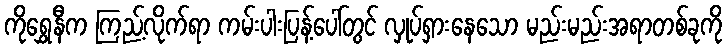
ကိုရွှေနီက ကြည့်လိုက်ရာ ကမ်းပါးပြန့်ပေါ်တွင် လှုပ်ရှားနေသော မည်းမည်းအရာတစ်ခုကို